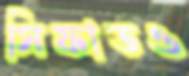
সিফাতও